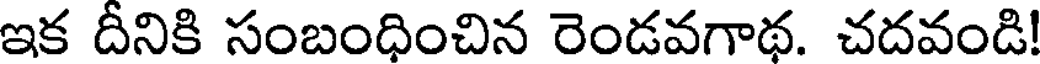
ఇక దీనికి సంబంధించిన రెండవగాథ. చదవండి